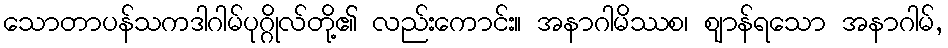
သောတာပန်သကဒါဂါမ်ပုဂ္ဂိုလ်တို့၏ လည်းကောင်း။ အနာဂါမိဿစ၊ ဈာန်ရသော အနာဂါမ်,